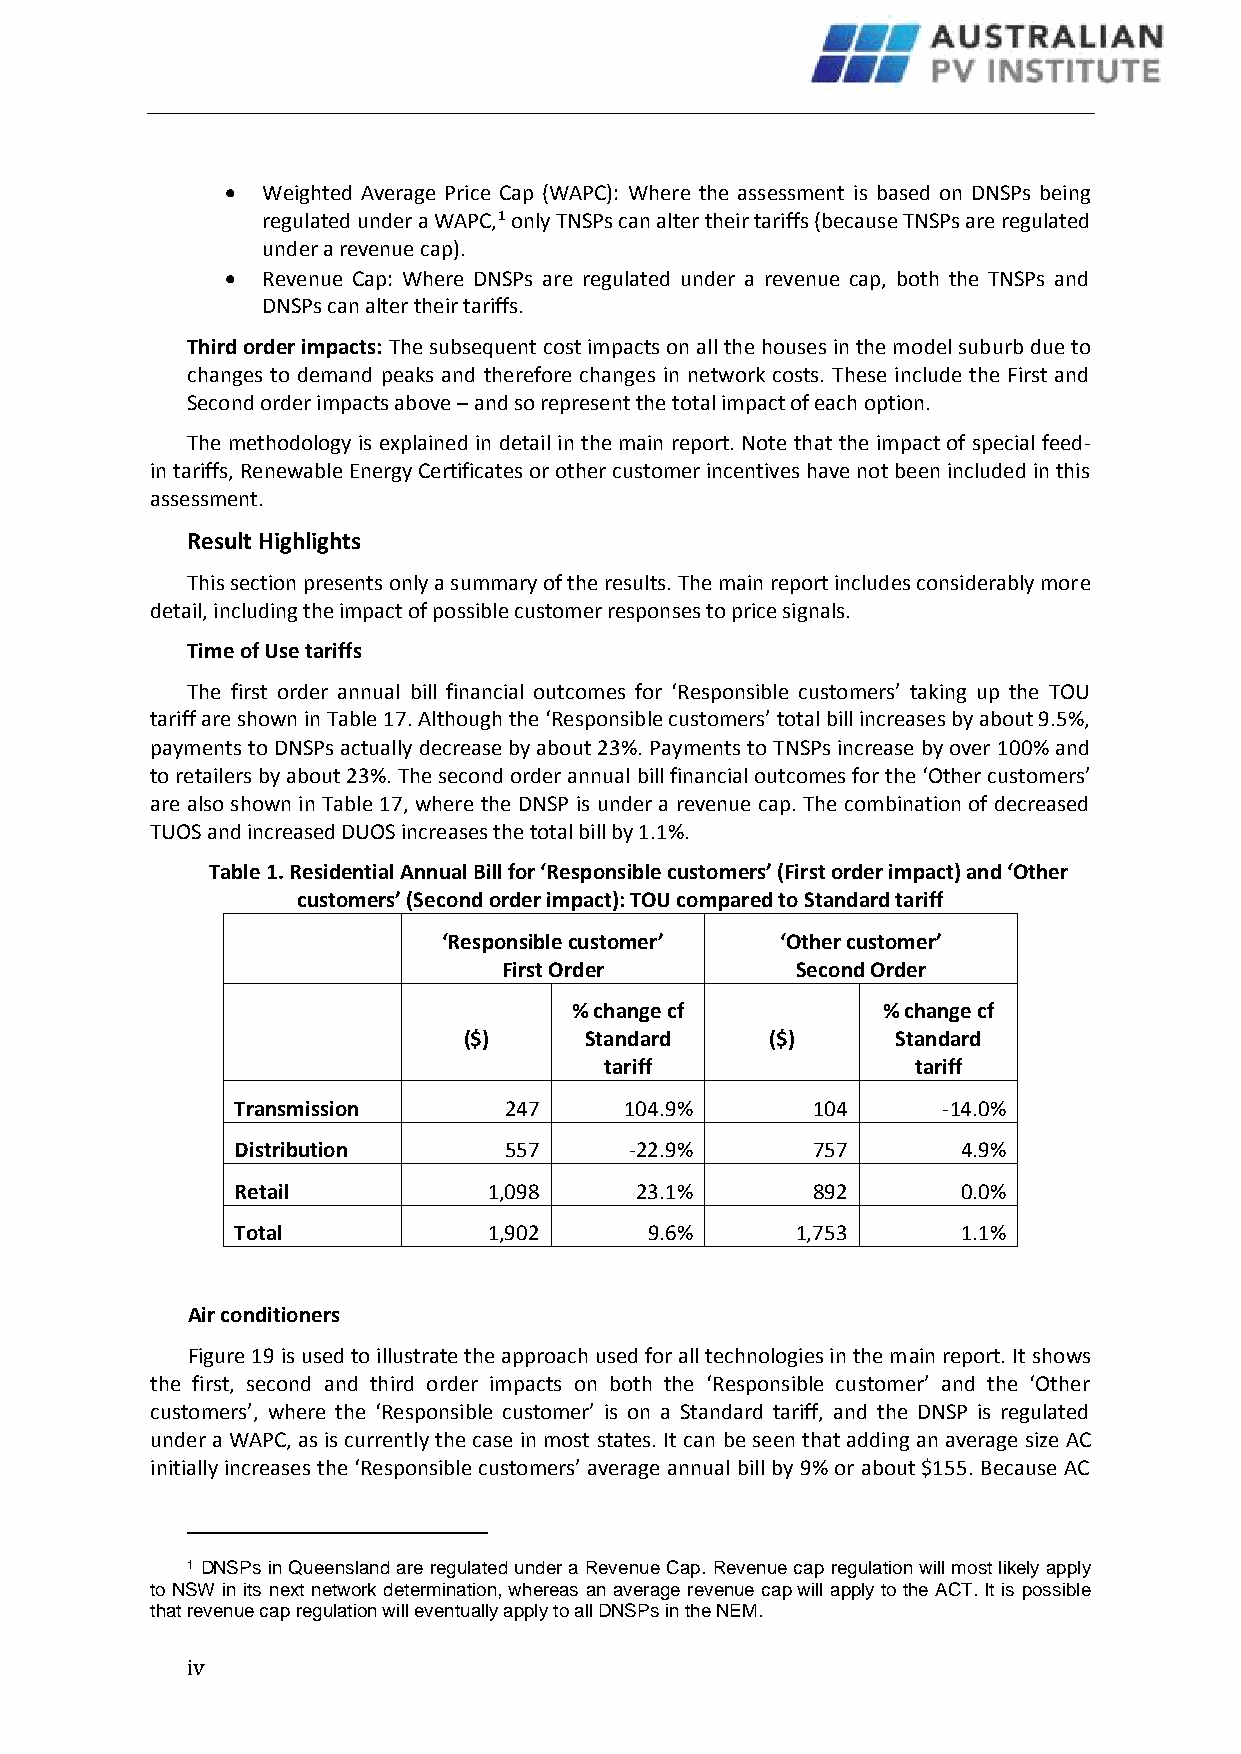
 Weighted Average Price Cap (WAPC): Where the assessment is based on DNSPs being
 regulated under a WAPC,1 only TNSPs can alter their tariffs (because TNSPs are regulated
 under a revenue cap).
  Revenue Cap: Where DNSPs are regulated under a revenue cap, both the TNSPs and
 DNSPs can alter their tariffs.
 Third order impacts: The subsequent cost impacts on all the houses in the model suburb due to
 changes to demand peaks and therefore changes in network costs. These include the First and
 Second order impacts above – and so represent the total impact of each option.
 The methodology is explained in detail in the main report. Note that the impact of special feed-
 in tariffs, Renewable Energy Certificates or other customer incentives have not been included in this
 assessment.
 Result Highlights
 This section presents only a summary of the results. The main report includes considerably more
 detail, including the impact of possible customer responses to price signals.
 Time of Use tariffs
 The first order annual bill financial outcomes for ‘Responsible customers’ taking up the TOU
 tariff are shown in Table 17. Although the ‘Responsible customers’ total bill increases by about 9.5%,
 payments to DNSPs actually decrease by about 23%. Payments to TNSPs increase by over 100% and
 to retailers by about 23%. The second order annual bill financial outcomes for the ‘Other customers’
 are also shown in Table 17, where the DNSP is under a revenue cap. The combination of decreased
 TUOS and increased DUOS increases the total bill by 1.1%.
 Table 1. Residential Annual Bill for ‘Responsible customers’ (First order impact) and ‘Other
 customers’ (Second order impact): TOU compared to Standard tariff
 ‘Responsible customer’ ‘Other customer’
 First Order         Second Order
 % change cf         % change cf
 ($)     Standard    ($)     Standard
 tariff               tariff
 Transmission     247     104.9%       104     -14.0%
 Distribution     557      -22.9%      757       4.9%
 Retail          1,098     23.1%       892       0.0%
 Total           1,902      9.6%      1,753      1.1%
 Air conditioners
 Figure 19 is used to illustrate the approach used for all technologies in the main report. It shows
 the first, second and third order impacts on both the ‘Responsible customer’ and the ‘Other
 customers’, where the ‘Responsible customer’ is on a Standard tariff, and the DNSP is regulated
 under a WAPC, as is currently the case in most states. It can be seen that adding an average size AC
 initially increases the ‘Responsible customers’ average annual bill by 9% or about $155. Because AC
 1 DNSPs in Queensland are regulated under a Revenue Cap. Revenue cap regulation will most likely apply
 to NSW in its next network determination, whereas an average revenue cap will apply to the ACT. It is possible
 that revenue cap regulation will eventually apply to all DNSPs in the NEM.
 i v